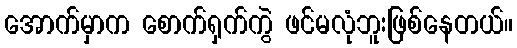
အောက်မှာက စောက်ရှက်ကွဲ ဖင်မလုံဘူးဖြစ်နေတယ်။